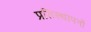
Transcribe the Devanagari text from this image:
प्रतिस्थापनों